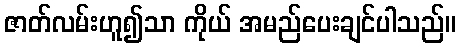
ဇာတ်လမ်းဟူ၍သာ ကိုယ် အမည်ပေးချင်ပါသည်။